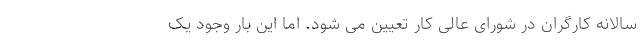
سالانه کارگران در شورای عالی کار تعیین می شود. اما این بار وجود یک